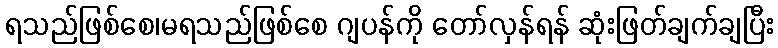
ရသည်ဖြစ်စေ၊မရသည်ဖြစ်စေ ဂျပန်ကို တော်လှန်ရန် ဆုံးဖြတ်ချက်ချပြီး